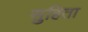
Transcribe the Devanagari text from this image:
सुहिता